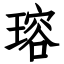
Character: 瑢